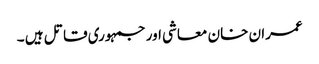
عمران خان معاشی اور جمہوری قاتل ہیں ۔